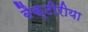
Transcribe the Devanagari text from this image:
बैक्टीरीया